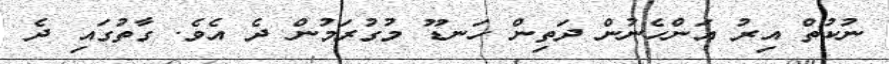
ނުކުތް އިރު އަންހެނުން ދަތިން ހަނޑޫ މުގުރަމުން ދެ އެވެ. ގާތުގައި ދެ